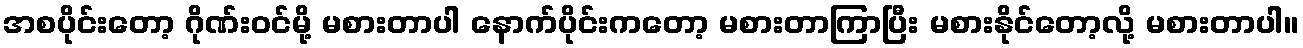
အစပိုင်းတော့ ဂိုဏ်းဝင်မို့ မစားတာပါ နောက်ပိုင်းကတော့ မစားတာကြာပြီး မစားနိုင်တော့လို့ မစားတာပါ။